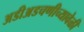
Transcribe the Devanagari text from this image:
अडीअडचणीच्यावेळी